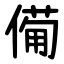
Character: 僃